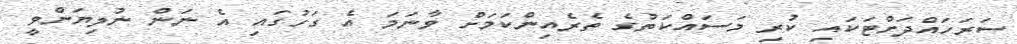
ސަރަހައްދަށްޓަކައި ކުރި މަސައްކަތުގެ ތެރެއިންކަމަށް ވާނަމަ އެ ގަހުގައި އެ ނަން ނުލިޔަންވީ